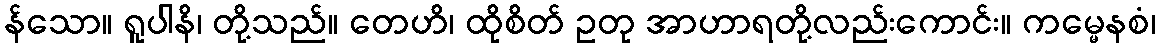
န်သော။ ရူပါနိ၊ တို့သည်။ တေဟိ၊ ထိုစိတ် ဥတု အာဟာရတို့လည်းကောင်း။ ကမ္မေနစံ၊